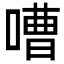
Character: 嘈